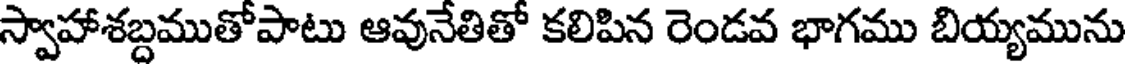
స్వాహాశబ్దముతోపాటు ఆవునేతితో కలిపిన రెండవ భాగము బియ్యమును